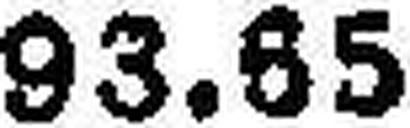
93.65